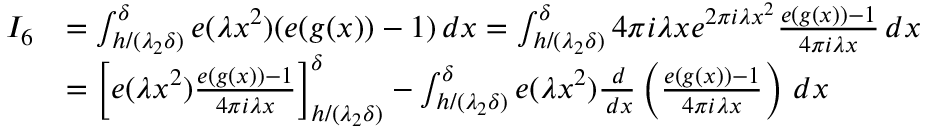
\begin{array} { r l } { I _ { 6 } } & { = \int _ { h / ( \lambda _ { 2 } \delta ) } ^ { \delta } e ( \lambda x ^ { 2 } ) ( e ( g ( x ) ) - 1 ) \, d x = \int _ { h / ( \lambda _ { 2 } \delta ) } ^ { \delta } 4 \pi i \lambda x e ^ { 2 \pi i \lambda x ^ { 2 } } \frac { e ( g ( x ) ) - 1 } { 4 \pi i \lambda x } \, d x } \\ & { = \left[ e ( \lambda x ^ { 2 } ) \frac { e ( g ( x ) ) - 1 } { 4 \pi i \lambda x } \right] _ { h / ( \lambda _ { 2 } \delta ) } ^ { \delta } - \int _ { h / ( \lambda _ { 2 } \delta ) } ^ { \delta } e ( \lambda x ^ { 2 } ) \frac { \, d } { \, d x } \left( \frac { e ( g ( x ) ) - 1 } { 4 \pi i \lambda x } \right) \, d x } \end{array}